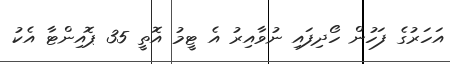
އަހަރުގެ ފަހުން ހޯދިފައި ނުވާއިރު އެ ޓީމު އޮތީ 35 ޕޮއިންޓާ އެކު